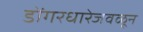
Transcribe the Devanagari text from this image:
डोंगरधारेजवळून